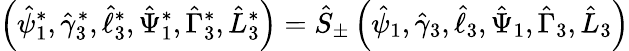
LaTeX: \left(\hat{\psi}_{1}^{*},\hat{\gamma}_{3}^{*},\hat{\ell}_{3}^{*},\hat{\Psi}_{1}^{*},\hat{\Gamma}_{3}^{*},\hat{L}_{3}^{*}\right)=\hat{S}_{\pm}\left(\hat{\psi}_{1},\hat{\gamma}_{3},\hat{\ell}_{3},\hat{\Psi}_{1},\hat{\Gamma}_{3},\hat{L}_{3}\right)